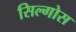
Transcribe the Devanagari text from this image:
सिल्गोस